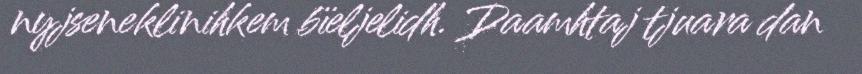
nyjseneklinihkem bïeljelidh. Daamhtaj tjuara dan